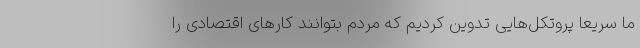
ما سریعاً پروتکل‌هایی تدوین کردیم که مردم بتوانند کارهای اقتصادی را